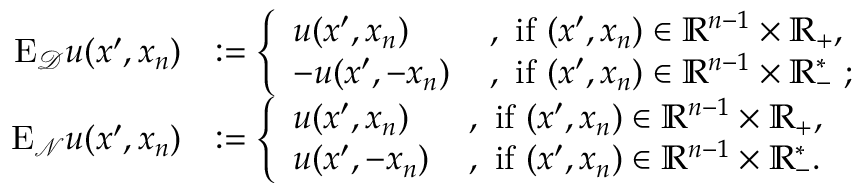
\begin{array} { r l } { \mathrm { E } _ { \mathcal { D } } u ( x ^ { \prime } , x _ { n } ) } & { : = \left\{ \begin{array} { l l } { u ( x ^ { \prime } , x _ { n } ) \, } & { \mathrm { , ~ i f ~ } ( x ^ { \prime } , x _ { n } ) \in \mathbb { R } ^ { n - 1 } \times \mathbb { R } _ { + } \mathrm { , ~ } } \\ { - u ( x ^ { \prime } , - x _ { n } ) \, } & { \mathrm { , ~ i f ~ } ( x ^ { \prime } , x _ { n } ) \in \mathbb { R } ^ { n - 1 } \times \mathbb { R } _ { - } ^ { * } \mathrm { ~ ; ~ } } \end{array} \right. } \\ { \mathrm { E } _ { \mathcal { N } } u ( x ^ { \prime } , x _ { n } ) } & { : = \left\{ \begin{array} { l l } { u ( x ^ { \prime } , x _ { n } ) \, } & { \mathrm { , ~ i f ~ } ( x ^ { \prime } , x _ { n } ) \in \mathbb { R } ^ { n - 1 } \times \mathbb { R } _ { + } \mathrm { , ~ } } \\ { u ( x ^ { \prime } , - x _ { n } ) \, } & { \mathrm { , ~ i f ~ } ( x ^ { \prime } , x _ { n } ) \in \mathbb { R } ^ { n - 1 } \times \mathbb { R } _ { - } ^ { * } \mathrm { . ~ } } \end{array} \right. } \end{array}